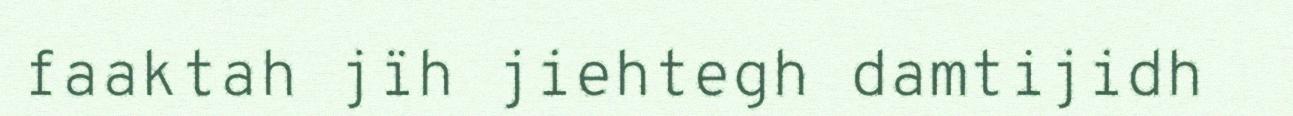
faaktah jïh jiehtegh damtijidh